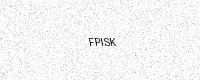
Text: FPISK